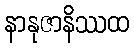
နာနုဇာနိဿထ